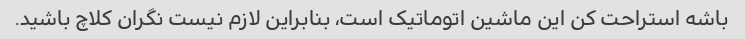
باشه استراحت کن این ماشین اتوماتیک است، بنابراین لازم نیست نگران کلاچ باشید.